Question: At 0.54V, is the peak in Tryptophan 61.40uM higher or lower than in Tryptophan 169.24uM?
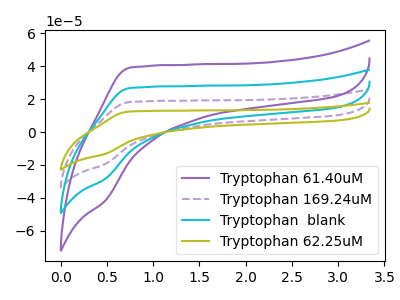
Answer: <think>The purple curve "Tryptophan 61.40uM" has no peaks. The purple dashed curve "Tryptophan 169.24uM" has no peaks. The cyan curve "Tryptophan  blank" has no peaks. The olive curve "Tryptophan 62.25uM" has no peaks.</think>
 <answer>"Tryptophan 61.40uM" and "Tryptophan 169.24uM" dont share a peak at 0.54V.</answer>
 <eval>mismatch</eval>